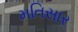
મતિસાર